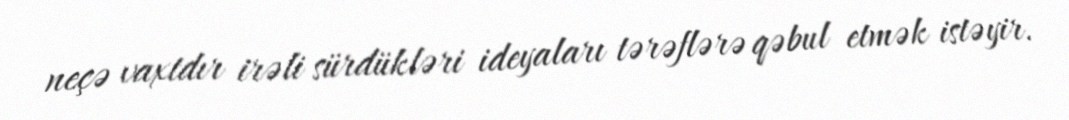
neçə vaxtdır irəli sürdükləri ideyaları tərəflərə qəbul etmək istəyir.